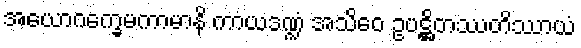
အယောဂက္ခေမကာမာနိ ကာယဒဏ္ဍံ အသိဝေ ဥပဋ္ဌိတဿတိဿာယံ